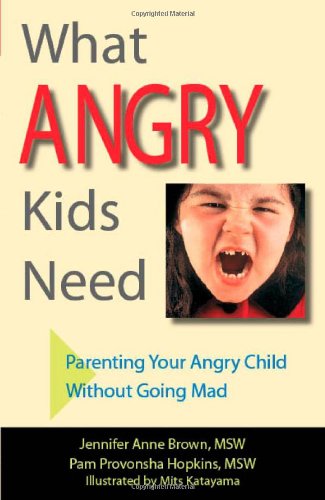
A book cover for What Angry Kids Need: Parenting Your Angry Child Without Going Mad; Jennifer Anne Brown; Self-Help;